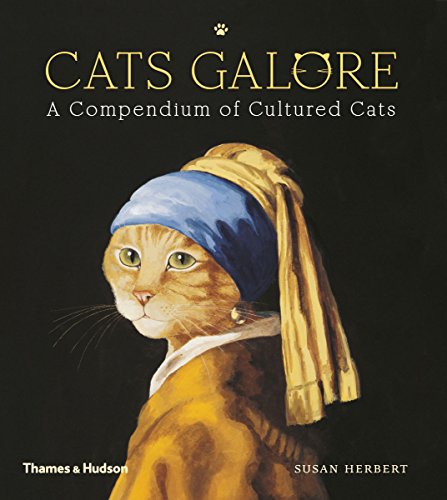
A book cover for Cats Galore: A Compendium of Cultured Cats; Susan Herbert; Humor & Entertainment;